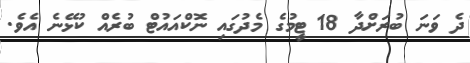
ދެ ވަނަ ބުރަށްދާ 18 ޓީމުގެ މެދުގައި ނޮކްއައުޓް ބުރެއް ކުޅޭނެ އެވެ.